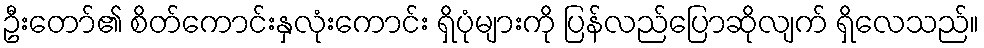
ဦးတော်၏ စိတ်ကောင်းနှလုံးကောင်း ရှိပုံများကို ပြန်လည်ပြောဆိုလျက် ရှိလေသည်။